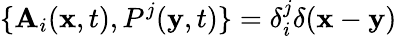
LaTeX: \{ \mathbf{A}_{i}({\mathbf{x}},t),P^{j}({\mathbf{y}},t)\} =\delta_{i}^{j}\delta({\mathbf{x}}-{\mathbf{y}})